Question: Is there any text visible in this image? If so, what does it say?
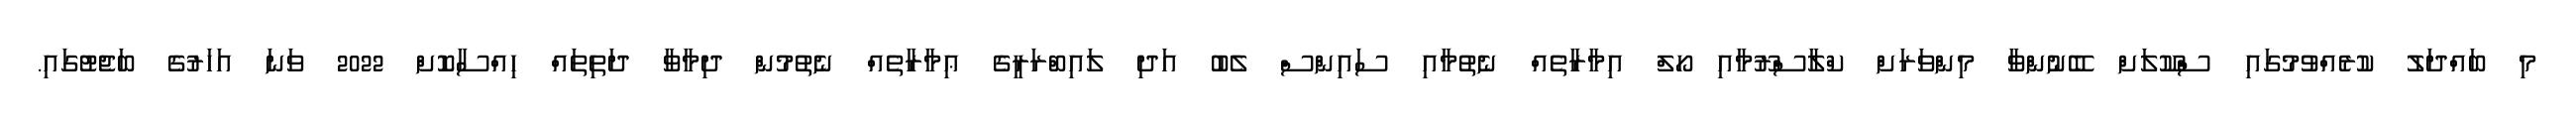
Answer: މި ބައްދަލު ކުރެއްވުމުގައި ސްކޫލަށް ބޭނުންވާ މިންވަރަށް ކްލާސްރޫމާއި ހޯލް އިމާރާތެއް ނެތުމާއި ސައިންސް ލެބު އަދި ލައިބްރަރީގެ ޢިމާރާތެއް ނެތުމުން ދިމާވާ ދަތިތައް ހިއްސާކޮށް 2022 ވަނަ އަހަރުގެ ބަޖެޓުގައި.